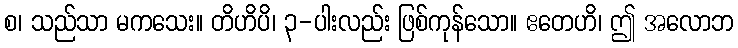
စ၊ သည်သာ မကသေး။ တိဟိပိ၊ ၃-ပါးလည်း ဖြစ်ကုန်သော။ ဧတေဟိ၊ ဤ အလောဘ